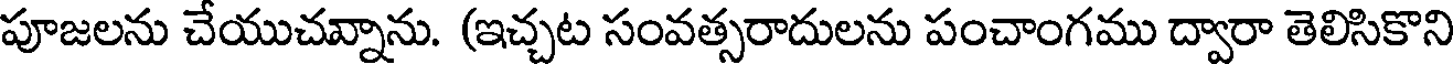
పూజలను చేయుచవ్నాను. (ఇచ్చట సంవత్సరాదులను పంచాంగము ద్వారా తెలిసికొని